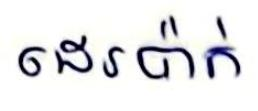
ដេរប៉ាក់